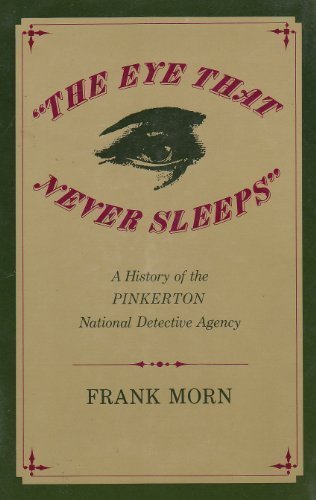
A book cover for "The Eye That Never Sleeps": A History of the Pinkerton National Detective Agency; Frank Morn; Business & Money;